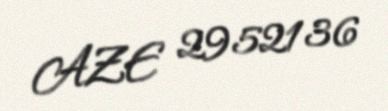
AZE 2952136